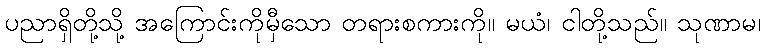
ပညာရှိတို့သို့ အကြောင်းကိုမှီသော တရားစကားကို။ မယံ၊ ငါတို့သည်။ သုဏာမ၊